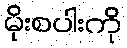
မိုးစပါးကို